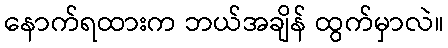
နောက်ရထားက ဘယ်အချိန် ထွက်မှာလဲ။